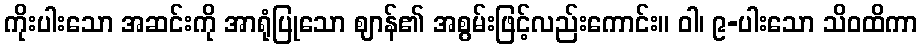
ကိုးပါးသော အဆင်းကို အာရုံပြုသော ဈာန်၏ အစွမ်းဖြင့်လည်းကောင်း။ ဝါ၊ ၉-ပါးသော သိဝထိကာ